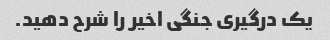
یک درگیری جنگی اخیر را شرح دهید.